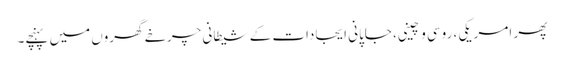
پھر امریکی، روسی و چینی، جاپانی ایجادات کے شیطانی چرخے گھروں میں پہنچے۔